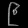
Digit: ၉